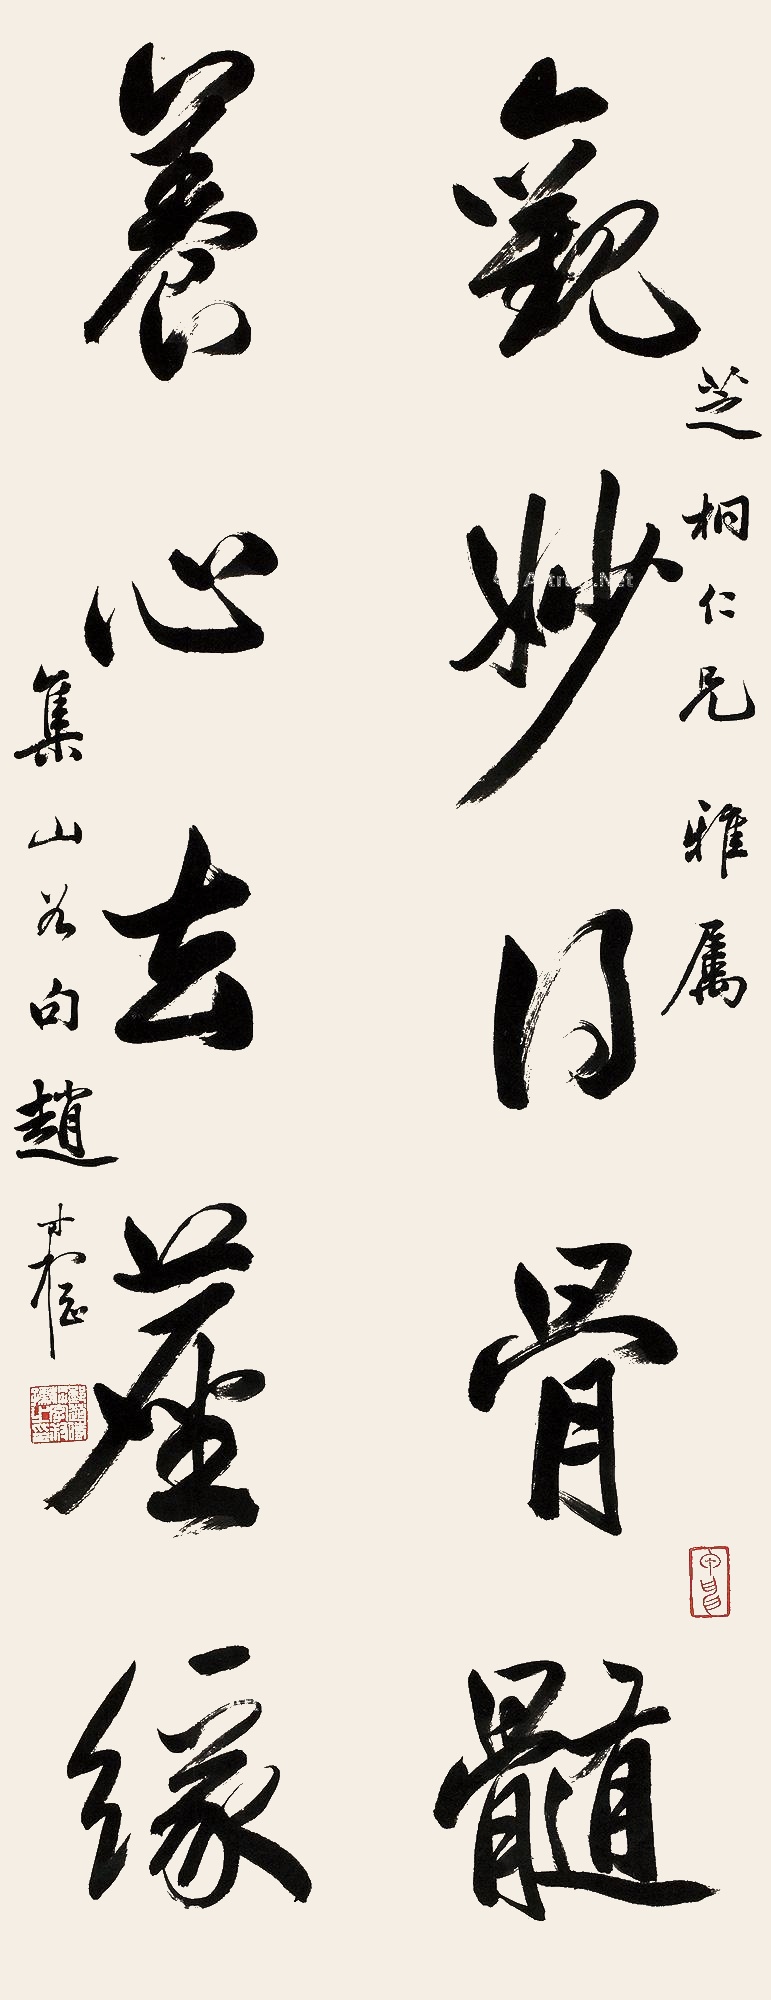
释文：观妙得骨髓，养心去尘缘。芝桐仁兄雅属，集山谷句赵叔孺。